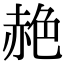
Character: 赩